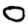
Digit: 0